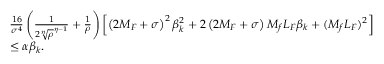
\begin{array} { r l } & { \frac { 1 6 } { \sigma ^ { 4 } } \left( \frac { 1 } { 2 { \sqrt [ \eta ] { \rho } } ^ { \eta - 1 } } + \frac { 1 } { \rho } \right) \left[ \left( 2 M _ { F } + \sigma \right) ^ { 2 } \beta _ { k } ^ { 2 } + 2 \left( 2 M _ { F } + \sigma \right) M _ { f } L _ { F } \beta _ { k } + ( M _ { f } L _ { F } ) ^ { 2 } \right] } \\ & { \leq { \alpha } \beta _ { k } . } \end{array}